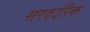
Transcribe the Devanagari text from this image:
सरकारिक